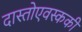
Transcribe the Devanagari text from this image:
दास्तोएवस्ककी